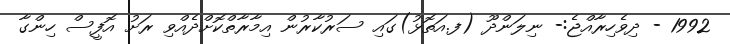
1992 - ދިވެހިރާއްޖެ:- ނިލަންދޫ (ފ.އަތޮޅު)ގައި ސަރުކާރުން އިމާރާތްކޮށްދެއްވި ރަށު އޮފީސް ހިންގާ